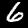
Label: 6